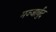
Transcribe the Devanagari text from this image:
मज्जार्बुद